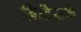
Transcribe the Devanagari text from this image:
ब्रिटिसके